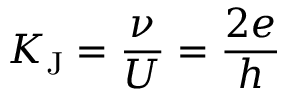
K _ { \mathrm { { J } } } = { \frac { \nu } { U } } = { \frac { 2 e } { h } }